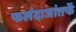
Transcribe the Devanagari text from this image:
फलंदाजांतर्फे